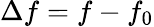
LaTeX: \Delta f=f-f_{0}